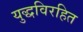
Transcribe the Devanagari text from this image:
युद्धविरहित